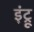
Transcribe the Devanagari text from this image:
इंट्रू